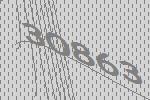
30863